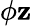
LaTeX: {\phi}\mathbf{z}